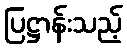
ပြဋ္ဌာန်းသည့်